Civil Veterinary Dept. North-West Frontier Province 1923-32 - 1923-1932
Year: 1923
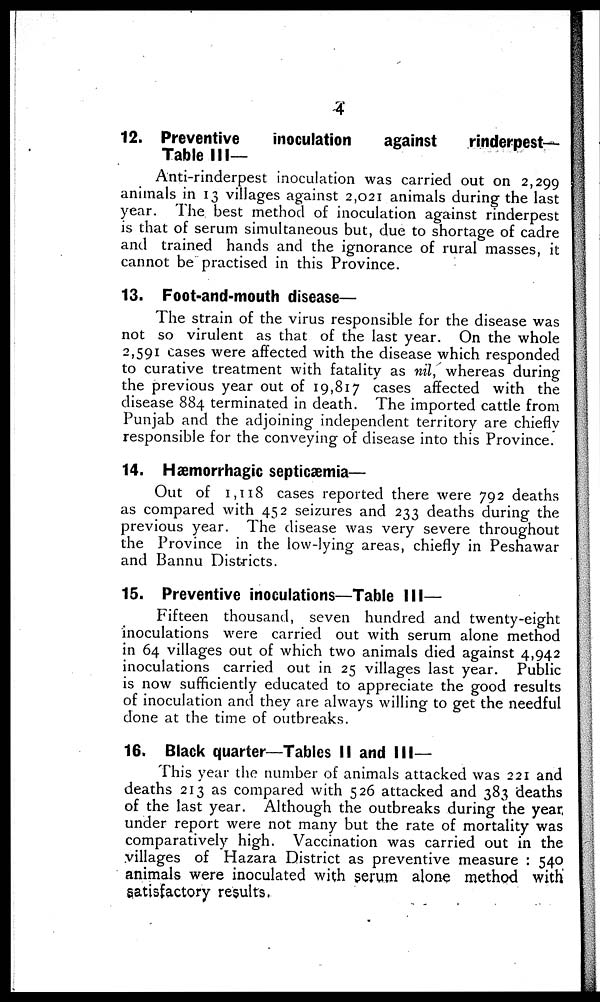
4
12. Preventive
inoculation
against
rinderpest-
Table III—
Anti-rinderpest inoculation was carried out on 2,299
animals in 13 villages against 2,021 animals during the last
year. The best method of inoculation against rinderpest
is that of serum simultaneous but, due to shortage of cadre
and trained hands and the ignorance of rural masses, it
cannot be practised in this Province.
13. Foot-and-mouth disease—
The strain of the virus responsible for the disease was
not so virulent as that of the last year. On the whole
2,591 cases were affected with the disease which responded
to curative treatment with fatality as nil, whereas during
the previous year out of 19,817 cases affected with the
disease 884 terminated in death. The imported cattle from
Punjab and the adjoining independent territory are chiefly
responsible for the conveying of disease into this Province.
14. Hæmorrhagic septicæmia-
Out of 1,118 cases reported there were 792 deaths
as compared with 452 seizures and 233 deaths during the
previous year. The disease was very severe throughout
the Province in the low-lying areas, chiefly in Peshawar
and Bannu Districts.
15. Preventive inoculations—Table III—
Fifteen thousand, seven hundred and twenty-eight
inoculations were carried out with serum alone method
in 64 villages out of which two animals died against 4,942
inoculations carried out in 25 villages last year. Public
is now sufficiently educated to appreciate the good results
of inoculation and they are always willing to get the needful
done at the time of outbreaks.
16. Black quarter—Tables II and III—
This year the number of animals attacked was 221 and
deaths 213 as compared with 526 attacked and 383 deaths
of the last year. Although the outbreaks during the year
under report were not many but the rate of mortality was
comparatively high. Vaccination was carried out in the
villages of Hazara District as preventive measure : 540
animals were inoculated with serum alone method with
satisfactory results.